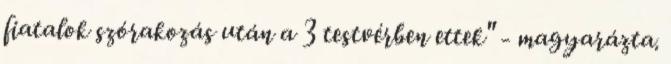
fiatalok szórakozás után a 3 testvérben ettek" - magyarázta.